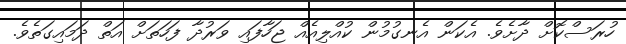
ހުރަސްކޮށް ދާށެވެ. އެކަން އެނގުމުން ކުއްލިއެއް ޖަހާފައި ވަރުދާ ފަހަތަށް އަތް ދަމައިގަތެވެ.